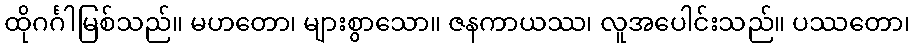
ထိုဂင်္ဂါမြစ်သည်။ မဟတော၊ များစွာသော။ ဇနကာယဿ၊ လူအပေါင်းသည်။ ပဿတော၊